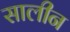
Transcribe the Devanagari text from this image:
सालीन